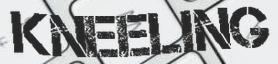
KNEELING